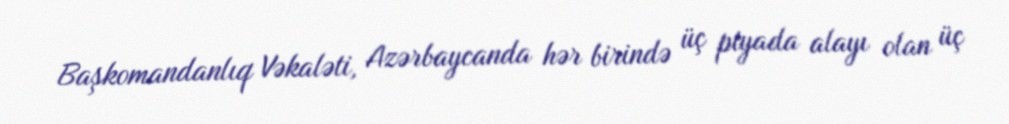
Başkomandanlıq Vəkaləti, Azərbaycanda hər birində üç piyada alayı olan üç